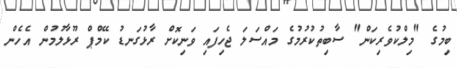
ބިމުގެ "މިލްކުވެރިކަން" ސާބިތުކުރުމުގެ މައްސަލަ ޖެހިފައި ވަނިކޮށް ރާޅުގަނޑު ކޭމްޕް ރޫޅާލުމުން އެހެން